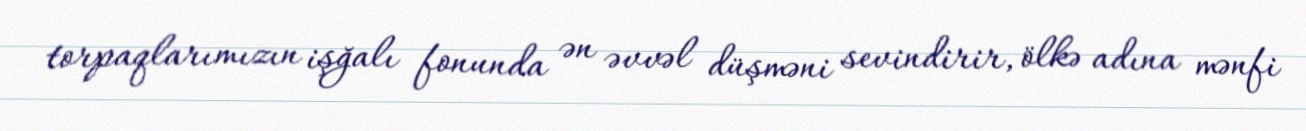
torpaqlarımızın işğalı fonunda ən əvvəl düşməni sevindirir, ölkə adına mənfi